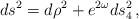
LaTeX: \begin{align*}ds^2 = d\rho^2 + e^{2\omega} ds_4^2\,, \end{align*}